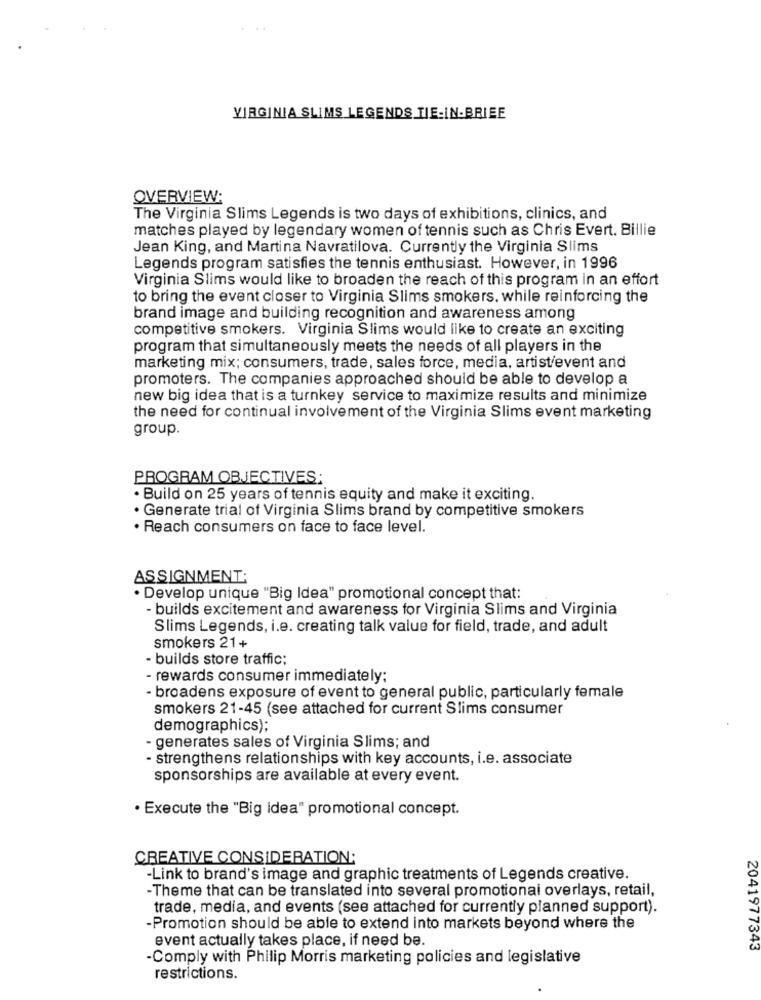
VIRGINIA SLIMS LEGENDS TIE-IN-BRIEE
OVERVIEW:
The Virginia Slims Legends is two days of exhibitions, clinics, and
matches played by legendary women of tennis such as Chris Evert. Billie
Jean King, and Martina Navratilova. Currently the Virginia Slims
Legends program satisfies the tennis enthusiast. However, in 1996
Virginia Slims would like to broaden the reach of this program in an effort
to bring the event closer to Virginia Slims smokers. while reinforcing the
brand image and building recognition and awareness among
competitive smokers. Virginia Slims would like to create an exciting
program that simultaneously meets the needs of all players in the
marketing mix; consumers, trade, sales force, media, artist/event and
promoters. The companies approached should be able to develop a
new big idea that is a turnkey service to maximize results and minimize
the need for continual involvement of the Virginia Slims event marketing
group.
PROGRAM OBJECTIVES:
· Build on 25 years of tennis equity and make it exciting.
· Generate trial of Virginia Slims brand by competitive smokers
· Reach consumers on face to face level.
ASSIGNMENT:
· Develop unique "Big Idea" promotional concept that:
- builds excitement and awareness for Virginia Slims and Virginia
Slims Legends, i.e. creating talk value for field, trade, and adult
smokers 21+
- builds store traffic;
- rewards consumer immediately:
· broadens exposure of event to general public, particularly female
smokers 21-45 (see attached for current Slims consumer
demographics);
- generates sales of Virginia Slims; and
- strengthens relationships with key accounts, i.e. associate
sponsorships are available at every event.
· Execute the "Big idea" promotional concept.
CREATIVE CONSIDERATION:
-Link to brand's image and graphic treatments of Legends creative.
-Theme that can be translated into several promotional overlays, retail,
trade, media, and events (see attached for currently planned support).
-Promotion should be able to extend into markets beyond where the
event actually takes place, if need be.
2041977343
-Comply with Philip Morris marketing policies and legislative
restrictions.